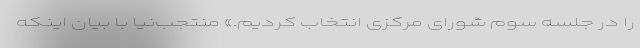
را در جلسه سوم شورای مرکزی انتخاب کردیم.» منتجب‌نیا با بیان اینکه